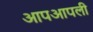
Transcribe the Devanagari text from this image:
आपआपली